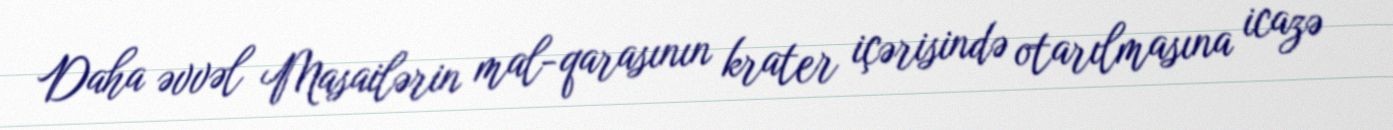
Daha əvvəl Masailərin mal-qarasının krater içərisində otarılmasına icazə